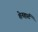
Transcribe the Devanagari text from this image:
शेनहार्ट